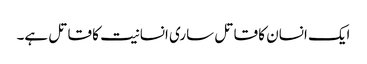
ایک انسان کا قاتل ساری انسانیت کا قاتل ہے۔